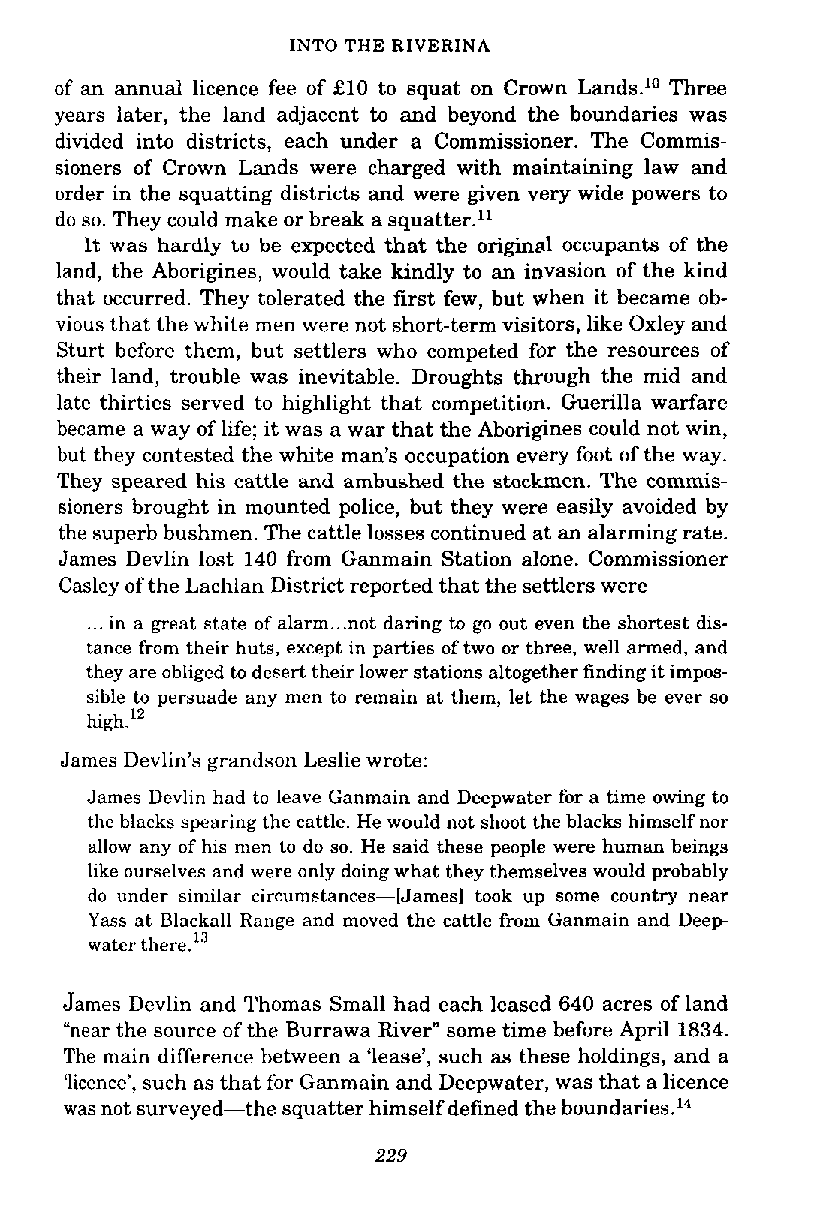
INTO THE RlVERlNA
 of an annual licence fee of £10 to squat on Crown Lands.lo Three
 years later, the land adjacent to and beyond the boundaries was
 divided into districts, each under a Commissioner. The Commis-
 sioners of Crown Lands were charged with maintaining law and
 order in the squatting districts and were given very wide powers to
 do so. They could make or break a squatter."
 It was hardly to be expected that the original occupants of the
 land, the Aborigines, would take kindly to an invasion of the kind
 that occurred. They tolerated the first few, but when it became ob-
 vious that the white men were not short-term visitors, like Oxley and
 Sturt before them, but settlers who competed for the resources of
 their land, trouble was inevitable. Droughts through the mid and
 late thirties sewed to highlight that competition. Guerilla warfare
 became a way of life; it was a war that the Aborigines could not win,
 but they contested the white man's occupation every foot of the way.
 They speared his cattle and ambushed the stockmen. The commis-
 sioners brought in mounted police, but they were easily avoided by
 the superb bushmen. The cattle losses continued at an alarming rate.
 James Devlin lost 140 from Ganmain Station alone. Commissioner
 Casley of the Lachlan District reported that the settlers were
 ... in a great state of alarm ...n ot daring to go out even the shortest dis-
 tance from their huts, except in parties of two or three, well armed, and
 they are obliged to desert their lower stations altogether finding it impos-
 sible to persuade any men to remain at them, let the wages be ever so
 high.''
 James Devlin's grandson Leslie wrote:
 James Devlin had to leave Ganmain and Deepwater for a time owing to
 the blacks spearing the cattle. He would not shoot the blacks himself nor
 allow any of his men to do so. He said these people were human beings
 like ourselves and were only doing what they themselves would probably
 do under similar circumstances-[James] took up some country near
 Yass at Blackall Range and moved the cattle from Ganmain and Deep
 water there.'"
 James Devlin and Thomas Small had each leased 640 acres of land
 "near the source of the Burrawa River" some time before April 1834.
 The main difference between a 'lease', such as these holdings, and a
 'licence', such as that for Ganmain and Deepwater, was that a licence
 was not surveyed-the squatter himself defined the boundaries.14